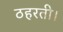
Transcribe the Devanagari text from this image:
ठहरती।